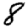
Digit: 8